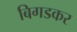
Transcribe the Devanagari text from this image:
बिगडकर